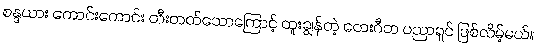
စန္ဒယား ကောင်းကောင်း တီးတတ်သောကြောင့် ထူးချွန်တဲ့ တေးဂီတ ပညာရှင် ဖြစ်လိမ့်မယ်။